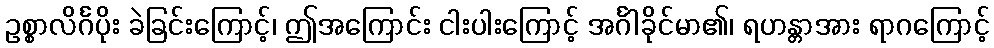
ဥစ္စာလိင်္ဂပိုး ခဲခြင်းကြောင့်၊ ဤအကြောင်း ငါးပါးကြောင့် အင်္ဂါခိုင်မာ၏၊ ရဟန္တာအား ရာဂကြောင့်